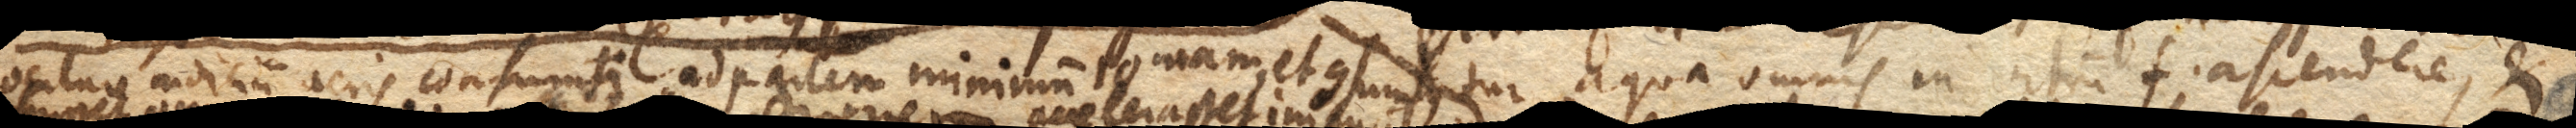
oculare indicium aeris consumti ad partem minimum 10mam, et consumtus / tur aqua omnis in vitrum f. ascendere, et